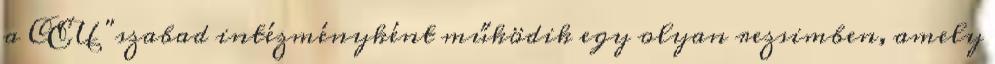
a CEU "szabad intézményként működik egy olyan rezsimben, amely